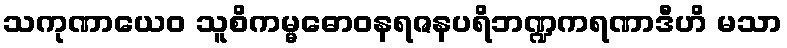
သကုဏာယေဝ သူစိကမ္မဓောဝနရဇနပရိဘဏ္ဍကရဏာဒီဟိ မသာ